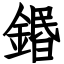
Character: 鍲